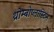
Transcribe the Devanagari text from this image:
थ्रोम्बोप्लास्टिन